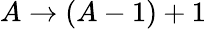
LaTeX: A\rightarrow(A-1)+1